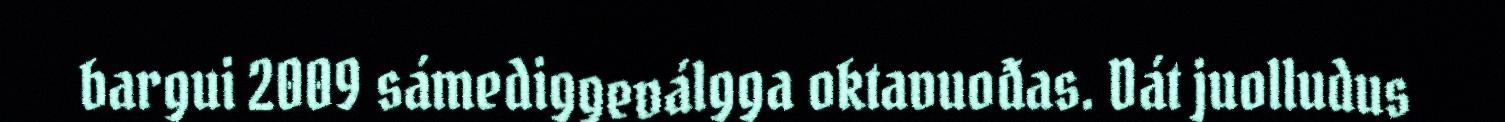
bargui 2009 sámediggeválgga oktavuođas. Dát juolludus